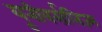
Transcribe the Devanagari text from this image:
यूनीवर्सलिज्म